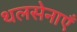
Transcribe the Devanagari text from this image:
थलसेनाएँ